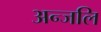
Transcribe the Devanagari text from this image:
अन्जलि